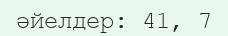
әйелдер: 41, 7